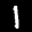
Label: 1